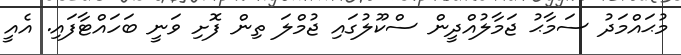
މުޙައްމަދު ސަމާޙު ޖަމާލުއްދީން ސްކޫލުގައި ޖުމްލަ ތިން ފޮށި ވަނީ ބަހައްޓާފައި. އެއީ